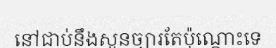
នៅជាប់នឹងសួនច្បារតែប៉ុណ្តោះទេ